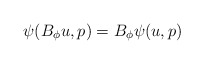
\begin{align*}\psi(B_\phi u,p) = B_\phi\psi(u,p)\end{align*}